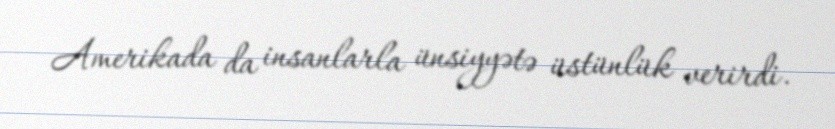
Amerikada da insanlarla ünsiyyətə üstünlük verirdi.